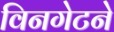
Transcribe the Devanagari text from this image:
विनगेटने